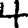
Digit: 4